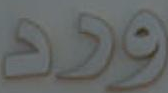
ورد